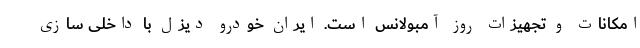
امکانات و تجهیزات روز آمبولانس است. ایران خودرو دیزل با داخلی سازی